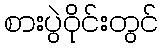
စားပွဲဝိုင်းတွင်